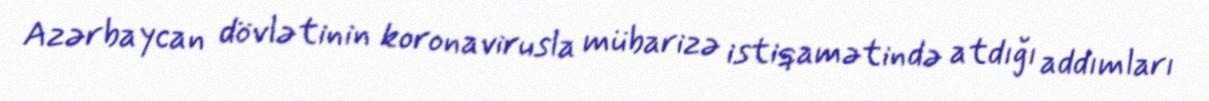
Azərbaycan dövlətinin koronavirusla mübarizə istiqamətində atdığı addımları